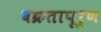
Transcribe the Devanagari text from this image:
वक्रतापूर्ण